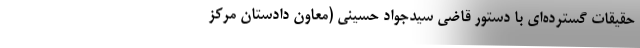
حقیقات گسترده‌ای با دستور قاضی سیدجواد حسینی (معاون دادستان مرکز